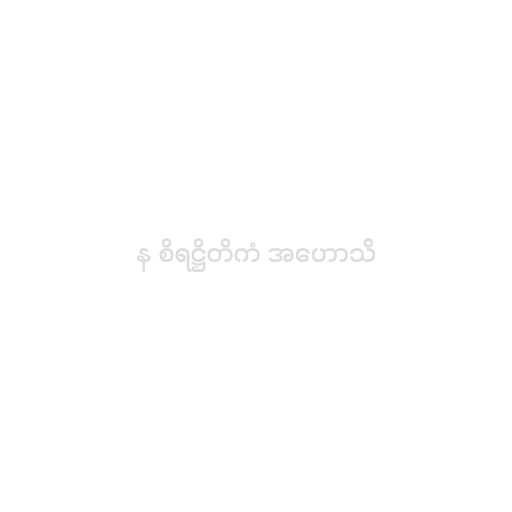
န စိရဋ္ဌိတိကံ အဟောသိ